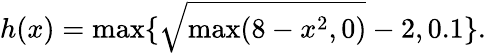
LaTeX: h(x)=\operatorname*{max}\{ \sqrt{\operatorname*{max}(8-x^{2},0)}-2,0.1\} .